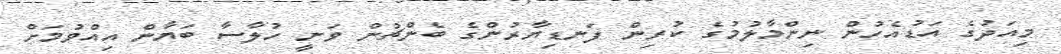
މިއަދުގެ އަޑުއެހުން ނިންމާލުމުގެ ކުރިން ފަނޑިޔާރުންގެ ބެންޗުން ވަނީ ހުލާސާ ބަޔާން އިއްވުމަށް